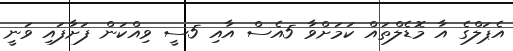
އެޕަލްގެ އާ މޮޑެލްތައް ކަމަށްވާ 5އެސް އާއި 5ސީ ވިއްކަން ފަށާފައި ވަނީ